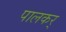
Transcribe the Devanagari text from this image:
पालकर्